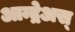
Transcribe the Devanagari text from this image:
आन्द्रेअस्